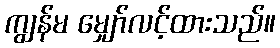
ကျွန်မ မျှော်လင့်ထားသည်။